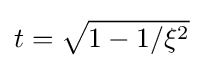
t={\sqrt {1-1/\xi ^{2}}}